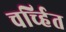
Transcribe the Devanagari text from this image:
चर्च्हित